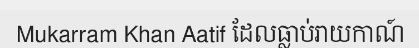
Mukarram Khan Aatif ដែលធ្លាប់រាយកាណ៍